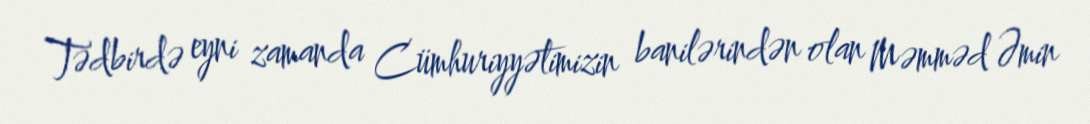
Tədbirdə eyni zamanda Cümhuriyyətimizin banilərindən olan Məmməd Əmin